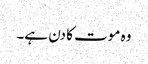
وہ موت کا دن ہے۔